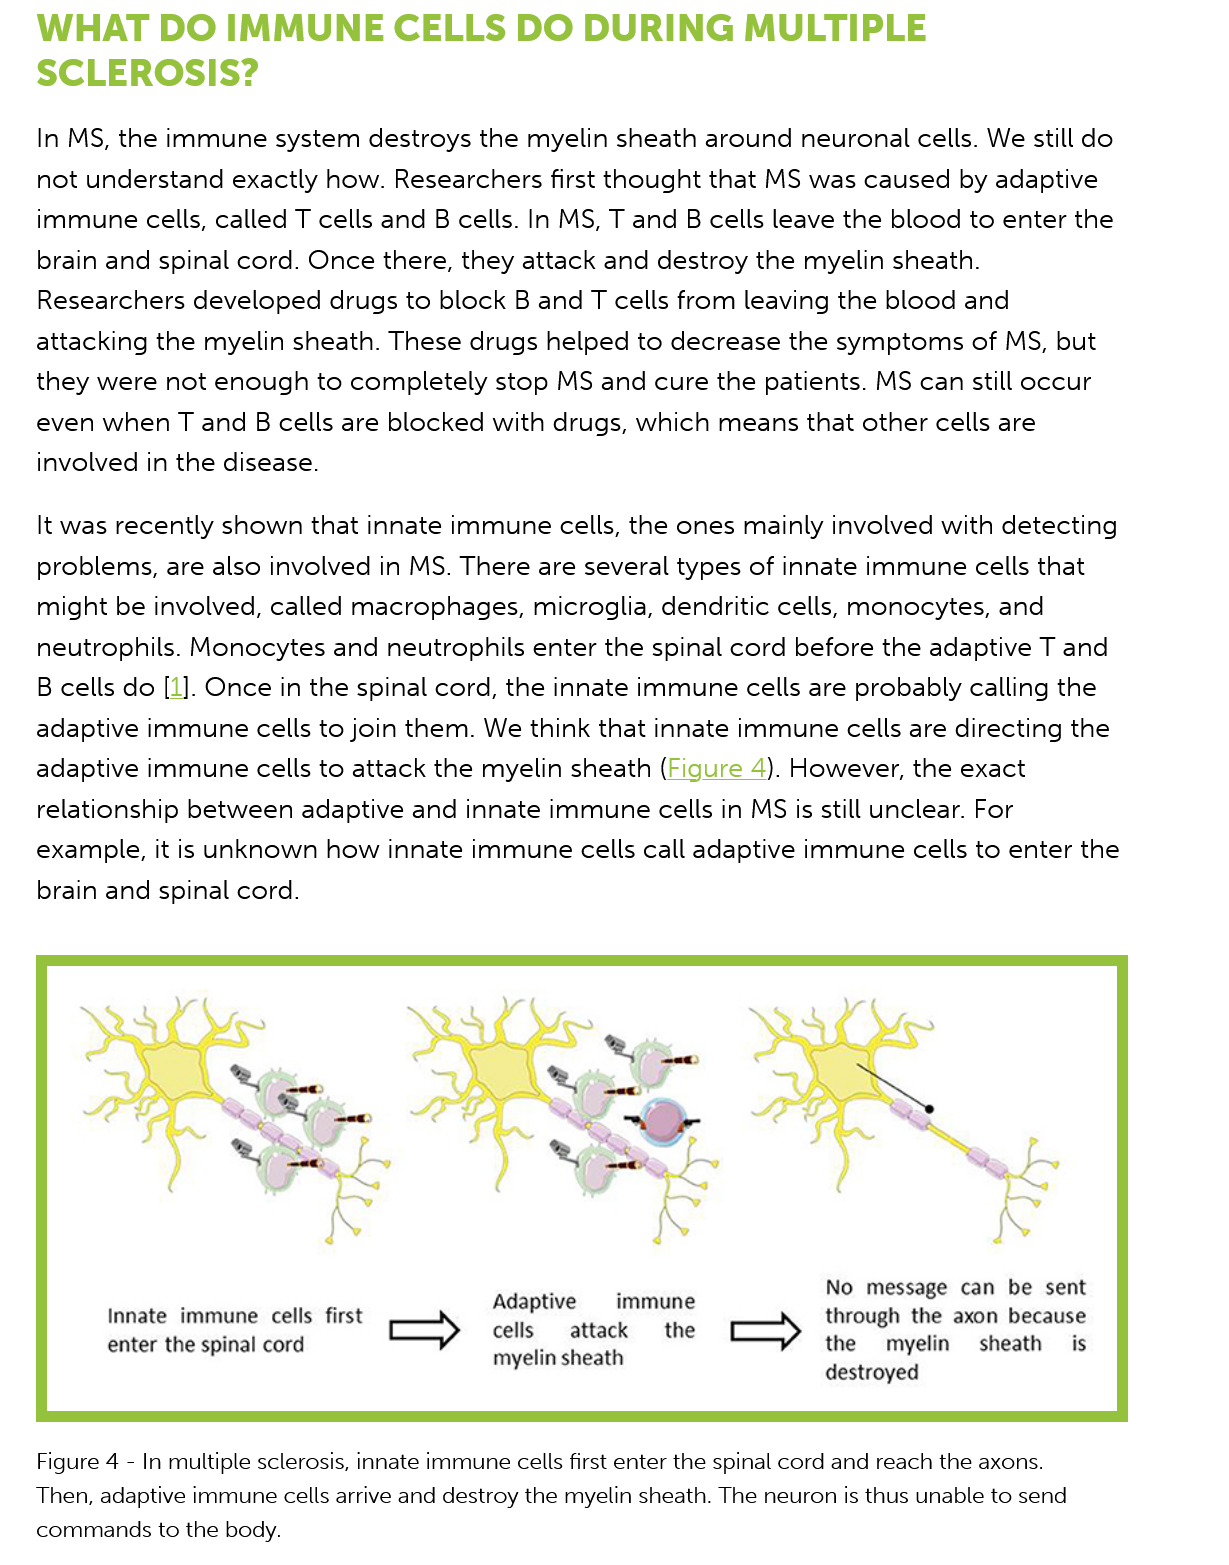
WHAT    DO    IMMUNE    CELLS    DO    DURING    MULTIPLE
   SCLEROSIS?
    In MS, the immune system  destroys the myelin sheath around  neuronal cells. We still do
    not understand exactly how. Researchers first thought that MS was caused  by adaptive
    immune cells, called T cells and B cells. In MS, T and B cells leave the blood to enter the
    brain and spinal cord. Once there, they attack and destroy the myelin sheath.
    Researchers developed  drugs to block B and T cells from leaving the blood and
   attacking the myelin sheath. These drugs  helped to decrease the symptoms of   MS, but
   they were  not enough  to completely stop MS  and cure the patients. MS can still occur
   even  when  T and B cells are blocked with drugs, which means that other cells are
    involved in the disease.
    It was recently shown that innate immune cells, the ones mainly involved with detecting
    problems, are also involved in MS. There are several types of innate immune cells that
    might be involved, called macrophages,  microglia, dendritic cells, monocytes, and
    neutrophils. Monocytes and  neutrophils enter the spinal cord before the adaptive T and
    B cells do [1]. Once in the spinal cord, the innate immune cells are probably calling the
   adaptive  immune cells to join them. We think that innate immune cells are directing the
   adaptive  immune cells to attack the myelin sheath (Figure 4). However, the exact
    relationship between adaptive and innate immune cells  in MS is still unclear. For
   example, it is unknown  how innate  immune cells call adaptive immune cells to enter the
    brain and spinal cord.
     Innate immune cells first
     enter the spinal cord
     Adaptive  immune
     cells  attack the
     myelin sheath
     No message can be sent
     through the axon because
     the  myelin sheath  is
     destroyed
    Figure 4
     -
     In multiple sclerosis, innate immune cells first enter the spinal cord and reach the axons.
   Then, adaptive immune cells arrive and destroy the myelin sheath. The neuron is thus unable to send
   commands to the body.